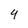
Character: 4